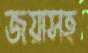
জয়াসহ